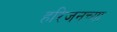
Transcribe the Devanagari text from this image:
हरिजनच्या